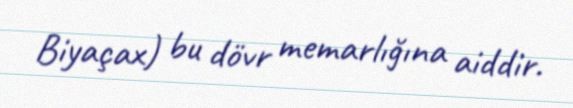
Biyaçax) bu dövr memarlığına aiddir.